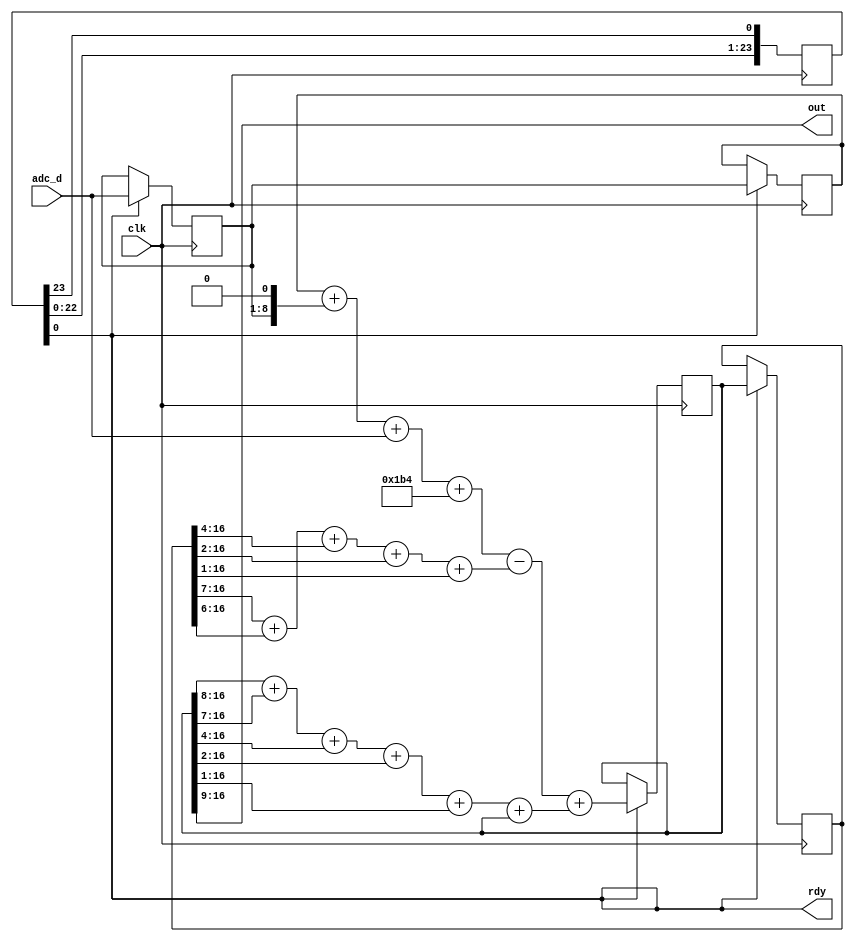
module lp20khz_1MSa_iir_filter(input clk, input [7:0] adc_d, output rdy, output [7:0] out);
    reg [23:0] cnt = 1;
    assign rdy = cnt[0];
    always @(posedge clk)
        cnt <= {cnt[22:0], cnt[23]};
    reg [7:0] x0 = 0;
    reg [7:0] x1 = 0;
    reg [16:0] y0 = 0;
    reg [16:0] y1 = 0;
    always @(posedge clk)
    begin
        if (rdy)
        begin
            x0 <= x1;
            x1 <= adc_d;
            y0 <= y1;
            y1 <=
                x0 + {x1, 1'b0} + adc_d + 436
                - ((y0 >> 7) + (y0 >> 6) + (y0 >> 4) + (y0 >> 2) + (y0 >> 1)) 
                + ((y1 >> 8) + (y1 >> 7) + (y1 >> 4) + (y1 >> 2) + (y1 >> 1) + y1);
        end
    end
    assign out = y1[16:9];
endmodule